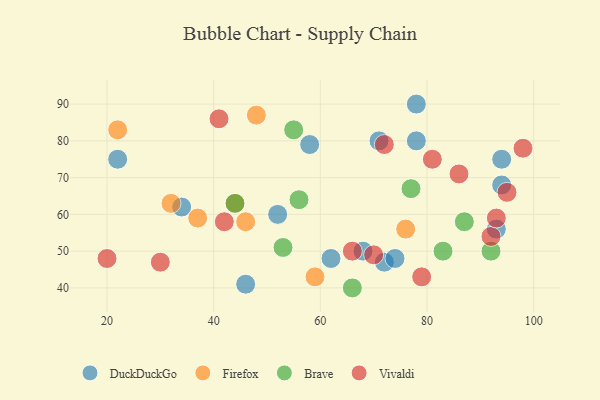
{"axis": {"x": "GDP", "y": "Life Expectancy"}, "legend": ["Brave", "DuckDuckGo", "Firefox", "Vivaldi"], "data": [{"x": "93", "y": 56, "type": "DuckDuckGo"}, {"x": "62", "y": 48, "type": "DuckDuckGo"}, {"x": "78", "y": 90, "type": "DuckDuckGo"}, {"x": "72", "y": 47, "type": "DuckDuckGo"}, {"x": "74", "y": 48, "type": "DuckDuckGo"}, {"x": "68", "y": 50, "type": "DuckDuckGo"}, {"x": "34", "y": 62, "type": "DuckDuckGo"}, {"x": "78", "y": 80, "type": "DuckDuckGo"}, {"x": "52", "y": 60, "type": "DuckDuckGo"}, {"x": "46", "y": 41, "type": "DuckDuckGo"}, {"x": "94", "y": 75, "type": "DuckDuckGo"}, {"x": "58", "y": 79, "type": "DuckDuckGo"}, {"x": "71", "y": 80, "type": "DuckDuckGo"}, {"x": "94", "y": 68, "type": "DuckDuckGo"}, {"x": "22", "y": 75, "type": "DuckDuckGo"}, {"x": "59", "y": 43, "type": "Firefox"}, {"x": "76", "y": 56, "type": "Firefox"}, {"x": "46", "y": 58, "type": "Firefox"}, {"x": "32", "y": 63, "type": "Firefox"}, {"x": "48", "y": 87, "type": "Firefox"}, {"x": "37", "y": 59, "type": "Firefox"}, {"x": "22", "y": 83, "type": "Firefox"}, {"x": "44", "y": 63, "type": "Firefox"}, {"x": "92", "y": 50, "type": "Brave"}, {"x": "77", "y": 67, "type": "Brave"}, {"x": "66", "y": 40, "type": "Brave"}, {"x": "55", "y": 83, "type": "Brave"}, {"x": "53", "y": 51, "type": "Brave"}, {"x": "44", "y": 63, "type": "Brave"}, {"x": "87", "y": 58, "type": "Brave"}, {"x": "56", "y": 64, "type": "Brave"}, {"x": "83", "y": 50, "type": "Brave"}, {"x": "92", "y": 54, "type": "Vivaldi"}, {"x": "79", "y": 43, "type": "Vivaldi"}, {"x": "66", "y": 50, "type": "Vivaldi"}, {"x": "70", "y": 49, "type": "Vivaldi"}, {"x": "20", "y": 48, "type": "Vivaldi"}, {"x": "86", "y": 71, "type": "Vivaldi"}, {"x": "72", "y": 79, "type": "Vivaldi"}, {"x": "30", "y": 47, "type": "Vivaldi"}, {"x": "42", "y": 58, "type": "Vivaldi"}, {"x": "41", "y": 86, "type": "Vivaldi"}, {"x": "93", "y": 59, "type": "Vivaldi"}, {"x": "98", "y": 78, "type": "Vivaldi"}, {"x": "81", "y": 75, "type": "Vivaldi"}, {"x": "95", "y": 66, "type": "Vivaldi"}]}